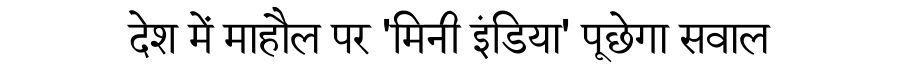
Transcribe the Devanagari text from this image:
देश में माहौल पर 'मिनी इंडिया' पूछेगा सवाल